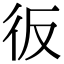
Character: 𢓉